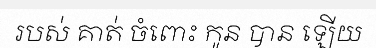
របស់ គាត់ ចំពោះ កូន បាន ឡើយ